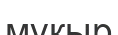
мұқыр